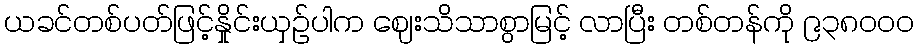
ယခင်တစ်ပတ်ဖြင့်နှိုင်းယှဉ်ပါက ဈေးသိသာစွာမြင့် လာပြီး တစ်တန်ကို ၉၃၈၀၀၀